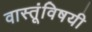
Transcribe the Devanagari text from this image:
वास्तूंविषयी